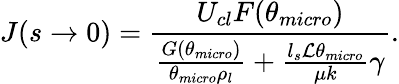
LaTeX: J(s\to 0)=\frac{U_{cl}F(\theta_{micro})}{\frac{G(\theta_{micro})}{\theta_{micro}\rho_{l}}+\frac{l_{s}{\cal L}\theta_{micro}}{\mu k}\gamma}.